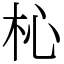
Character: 杺